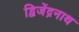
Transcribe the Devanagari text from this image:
द्विजेंद्रनाथ